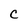
Character: C